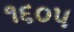
૧૬૦૫